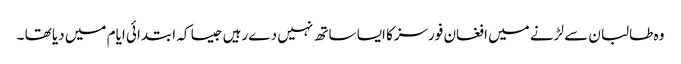
وہ طالبان سے لڑنے میں افغان فورسزکا ایسا ساتھ نہیں دے رہیں جیسا کہ ابتدائی ایام میں دیا تھا ۔